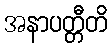
အနာပတ္တီတိ